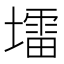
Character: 𪤠